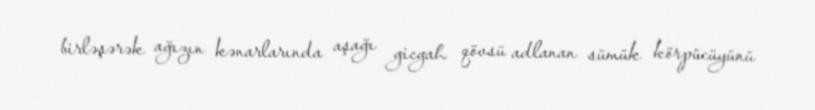
birləşərək ağızın kənarlarında aşağı gicgah qövsü adlanan sümük körpücüyünü